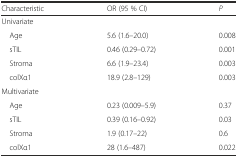
| Characteristic | OR (95 % CI) | P |
 | --- | --- | --- |
 | <COLSPAN=3> Univariate |
 | Age | 5.6 (1.6–20.0) | 0.008 |
 | sTIL | 0.46 (0.29–0.72) | 0.001 |
 | Stroma | 6.6 (1.9–23.4) | 0.003 |
 | colXα1 | 18.9 (2.8–129) | 0.003 |
 | <COLSPAN=3> Multivariate |
 | Age | 0.23 (0.009–5.9) | 0.37 |
 | sTIL | 0.39 (0.16–0.92) | 0.03 |
 | Stroma | 1.9 (0.17–22) | 0.6 |
 | colXα1 | 28 (1.6–487) | 0.022 |